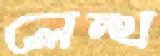
লেন্থ